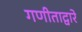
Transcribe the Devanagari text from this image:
गणीताद्वारे